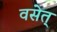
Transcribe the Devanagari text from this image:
वसेत्